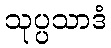
သုပ္ပသာဒံ